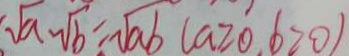
\sqrt { a } \cdot \sqrt { b } = \sqrt { a b } ( a \geq 0 , b > 0 )